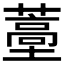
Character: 𬞩